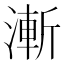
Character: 漸